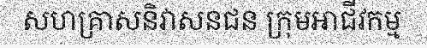
សហគ្រាសនិវាសនជន ក្រុមអាជីវកម្ម